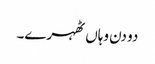
دو دن وہاں ٹھہرے۔